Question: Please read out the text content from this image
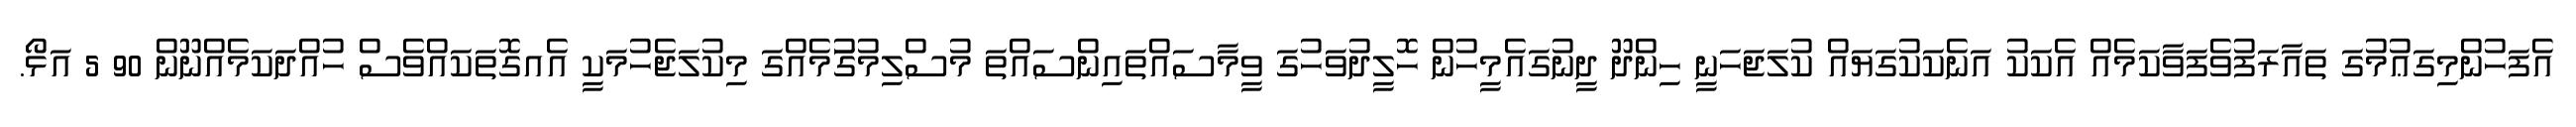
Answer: އެފަހުންމިގަޢުމުގަ ތައާރަފުވެފަވާކަމެއް އެކަކު އަނެކަކުގަޔައް ކުލަޖަހަނީ ހިންދޫ ދީނުގައެމީހުން ހޮލީދުވަހުގަ ވީމާސައްތައިންސައްތަ މުސްލިމުގަުމެއްގަ މިކުލަޖެހުމަކީ އެއގޮތަކައްވެސް ހުއްދަކަމެއްނޫން 90 5 އަޅޯ.